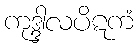
ကုဒ္ဒါလပိဋကံ